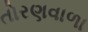
તોરણવાળા